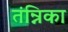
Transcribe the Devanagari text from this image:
तंन्निका